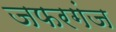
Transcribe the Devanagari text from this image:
जफरगंज